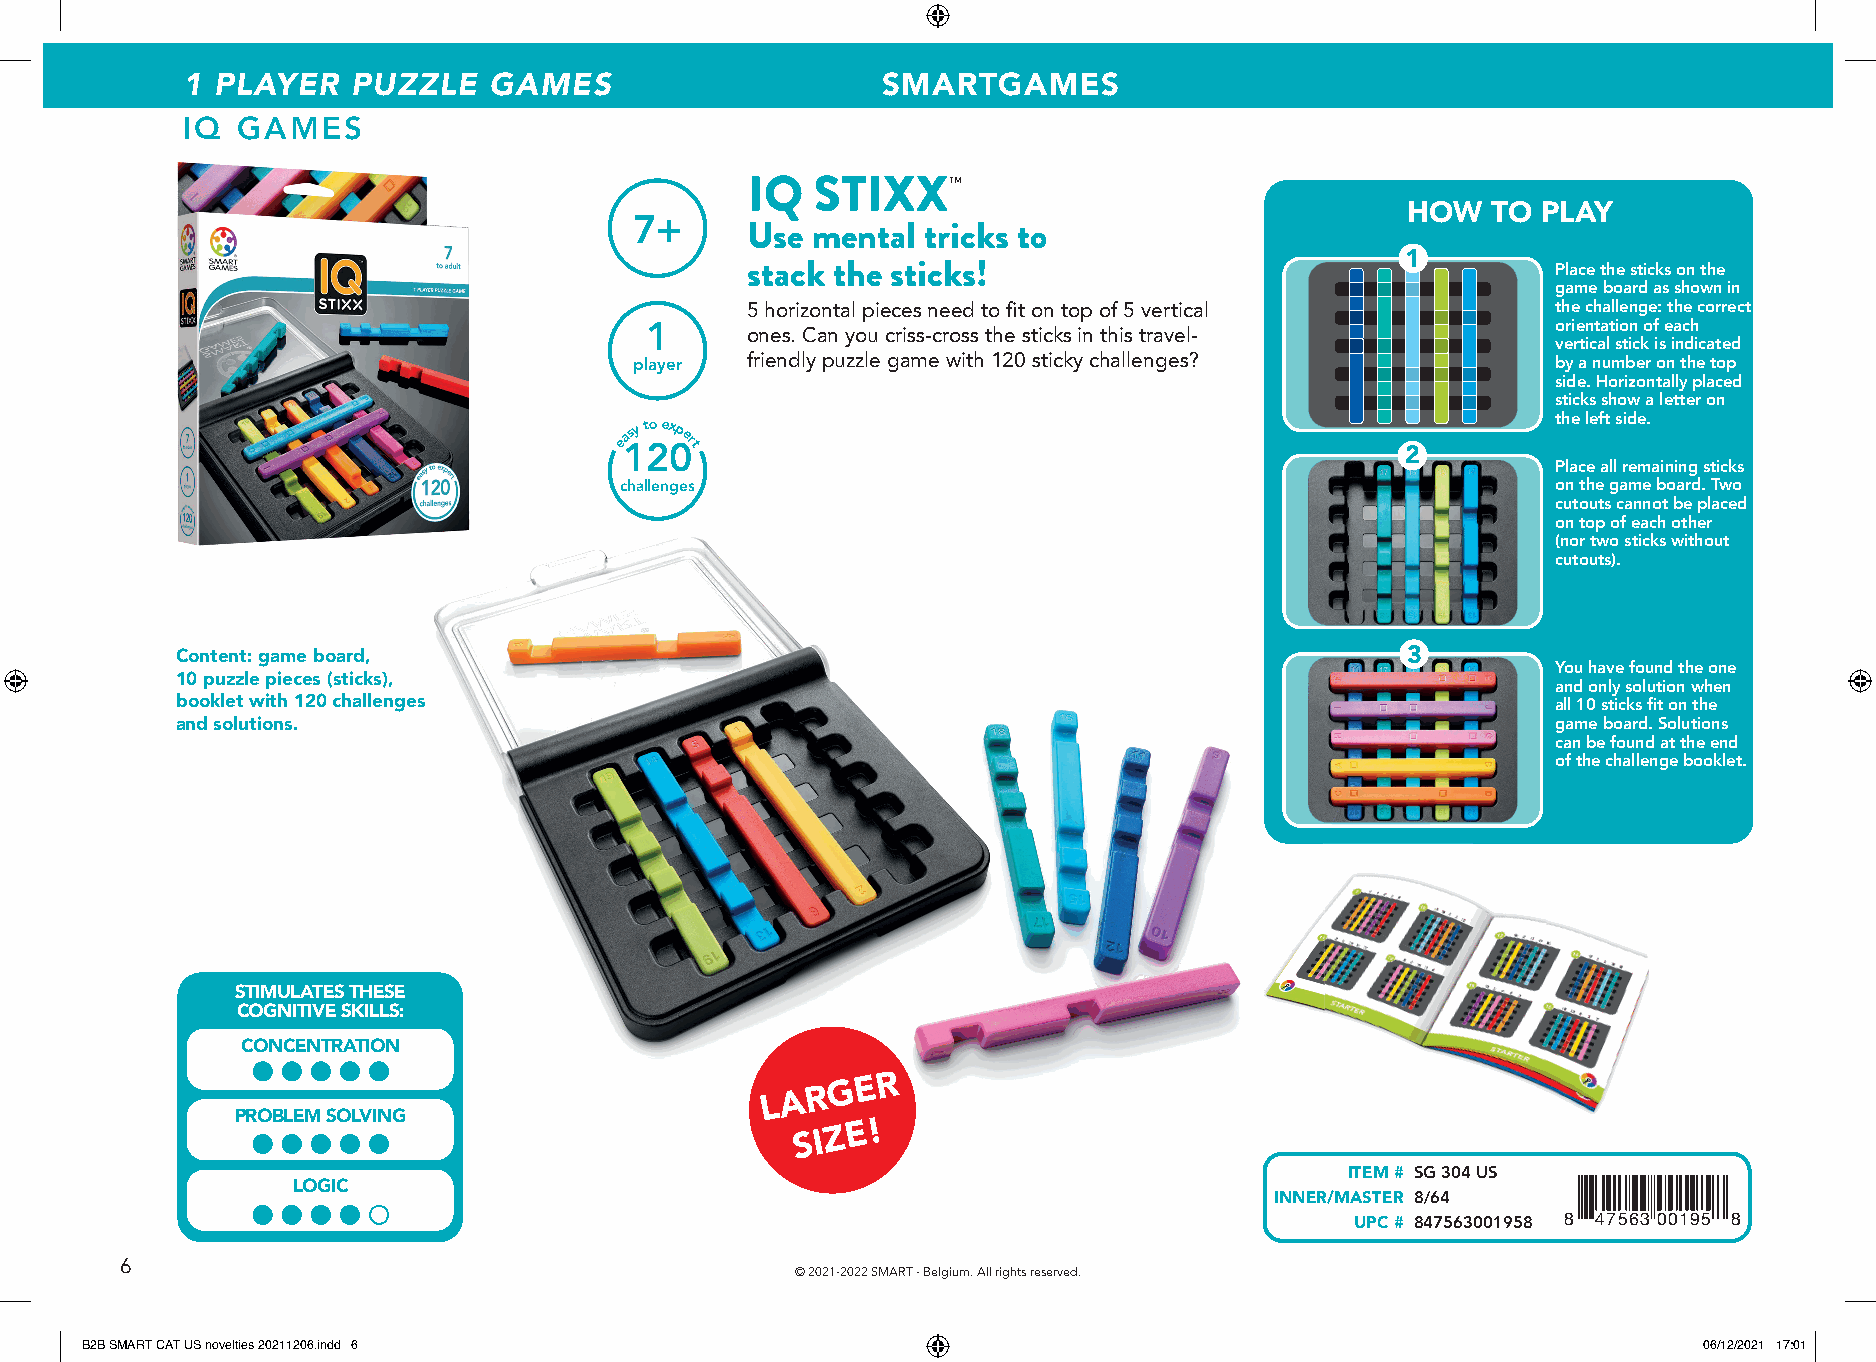
1 PLAYER   PUZZLE   GAMES                     SMARTGAMES
 IQ  GAMES
 IQ   STIXX™
 HOW   TO PLAY
 7+
 Use  mental tricks to
 1
 stack the sticks!                                     Place the sticks on the
 game board as shown in
 5 horizontal pieces need to fi t on top of 5 vertical the challenge: the correct
 1     ones. Can you criss-cross the sticks in this travel-  orientation of each
 vertical stick is indicated
 player friendly puzzle game with 120 sticky challenges?      by a number on the top
 side. Horizontally placed
 sticks show a letter on
 e1asy t 2oex 0pert
 2
 the left side.
 Place all remaining sticks
 challenges                                                    on the game board. Two
 cutouts cannot be placed
 on top of each other
 (nor two sticks without
 cutouts).
 Content: game board,                                                             3
 You have found the one
 10 puzzle pieces (sticks),
 and only solution when
 booklet with 120 challenges                                                                all 10 sticks fi t on the
 and solutions.                                                                             game board. Solutions
 can be found at the end
 of the challenge booklet.
 STIMULATES THESE
 COGNITIVE SKILLS:
 CONCENTRATION
 L A R G E R
 PROBLEM SOLVING
 S I Z E !
 ITEM # SG 304 US
 LOGIC
 INNER/MASTER 8/64
 UPC # 847563001958 8 47563 00195 8
 6
 © 2021-2022 SMART - Belgium. All rights reserved.
 BB22BB SSMMAARRTT CCAATT UUSS nnoovveellttiieess 2200221111220066..iinndddd 66                              0066//1122//22002211 1177::0011